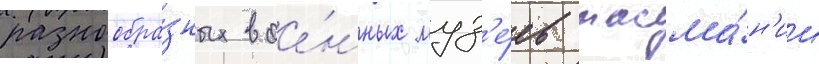
разнообра́зных вое́нных муз'е́ев тасма́н'ии